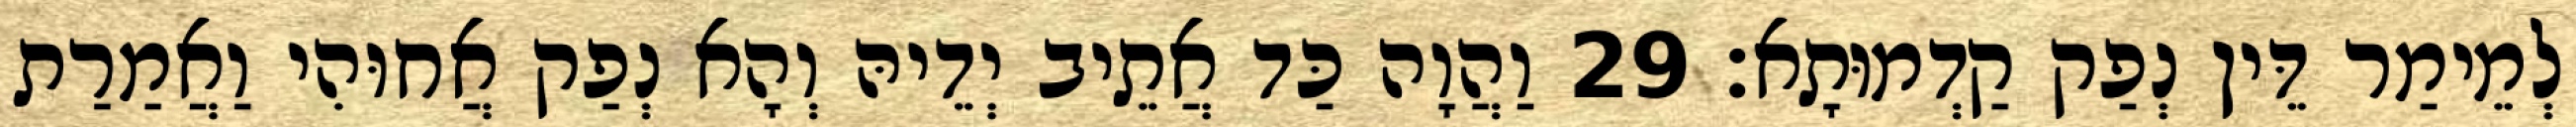
לְמֵימַר דֵּין נְפַק קַדְמוּתָא׃ 29 וַהֲוָה כַּד אֲתֵיב יְדֵיהּ וְהָא נְפַק אֲחוּהִי וַאֲמַרַת